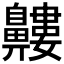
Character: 𪖹